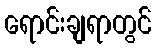
ရောင်းချရာတွင်